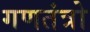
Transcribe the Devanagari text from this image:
गणतंत्रो